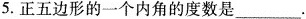
5.正五边形的一个内角的度数是_______。